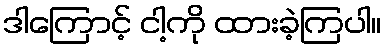
ဒါကြောင့် ငါ့ကို ထားခဲ့ကြပါ။